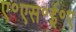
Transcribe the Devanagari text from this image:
ए॰एस॰ई॰ए